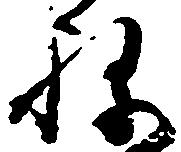
ね